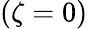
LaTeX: (\zeta=0)